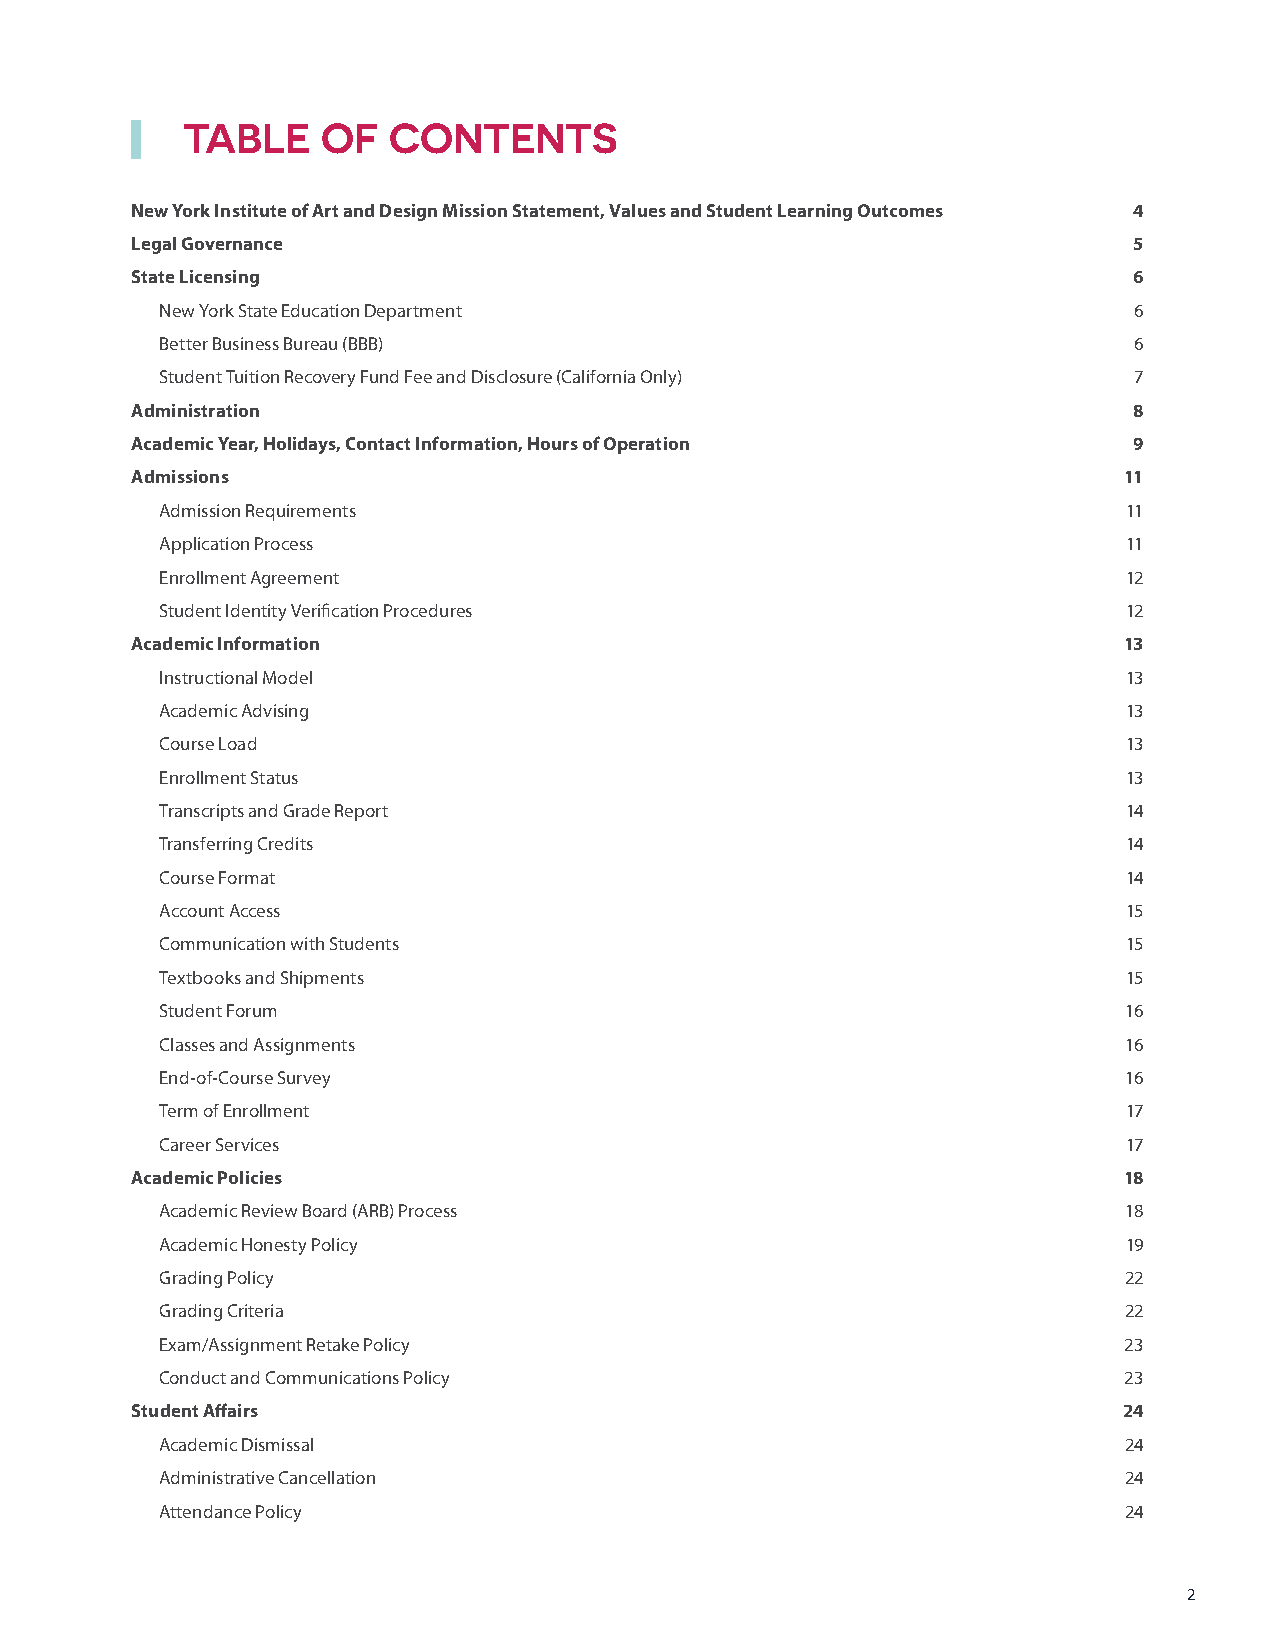
TABLE    OF   CONTENTS
 New York Institute of Art and Design Mission Statement, Values and Student Learning Outcomes 4
 Legal Governance                                                  5
 State Licensing                                                   6
 New York State Education Department                             6
 Better Business Bureau (BBB)                                    6
 Student Tuition Recovery Fund Fee and Disclosure (California Only) 7
 Administration                                                    8
 Academic Year, Holidays, Contact Information, Hours of Operation  9
 Admissions                                                       11
 Admission Requirements                                          11
 Application Process                                             11
 Enrollment Agreement                                            12
 Student Identity Verification Procedures                        12
 Academic Information                                             13
 Instructional Model                                             13
 Academic Advising                                               13
 Course Load                                                     13
 Enrollment Status                                               13
 Transcripts and Grade Report                                    14
 Transferring Credits                                            14
 Course Format                                                   14
 Account Access                                                  15
 Communication with Students                                     15
 Textbooks and Shipments                                         15
 Student Forum                                                   16
 Classes and Assignments                                         16
 End-of-Course Survey                                            16
 Term of Enrollment                                              17
 Career Services                                                 17
 Academic Policies                                                18
 Academic Review Board (ARB) Process                             18
 Academic Honesty Policy                                         19
 Grading Policy                                                 22
 Grading Criteria                                               22
 Exam/Assignment Retake Policy                                  23
 Conduct and Communications Policy                              23
 Student Affairs                                                  24
 Academic Dismissal                                             24
 Administrative Cancellation                                    24
 Attendance Policy                                              24
 2